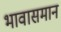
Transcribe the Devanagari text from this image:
भावासमान